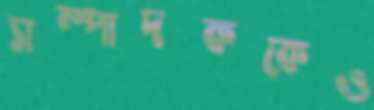
সম্পাদককেও